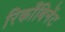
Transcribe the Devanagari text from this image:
रिकाँबिनेंट